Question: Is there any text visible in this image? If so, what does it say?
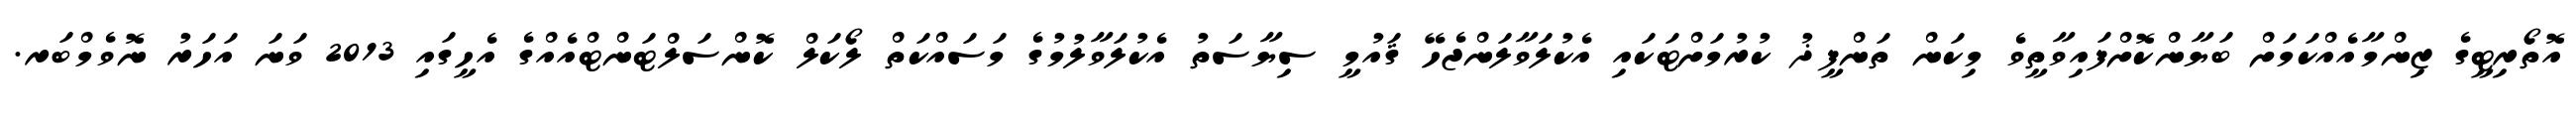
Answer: އޮތޯރިޓީގެ ޒިންމާއެއްކަމަށް ބަޔާންކޮށްފައިވާތީވެ މިކަން ތަންފީޛު ކުރުމަށްޓަކައި އެކުލަވާލަންޖެހޭ ޤައުމީ ސިޔާސަތު އެކުލަވާލުމުގެ މަސައްކަތް ލޯކަލް ކޮންސަލްޓަންޓްއެއްގެ އެހީގައި 2013 ވަނަ އަހަރު ނޮވެމްބަރ.